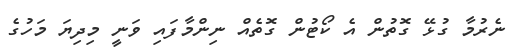
ނެރުމާ ގުޅޭ ގޮތުން އެ ކޯޓުން ގޮތެއް ނިންމާފައި ވަނީ މިދިޔަ މަހުގެ